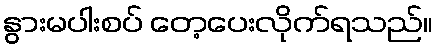
နွားမပါးစပ် တေ့ပေးလိုက်ရသည်။